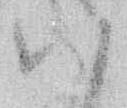
ハ